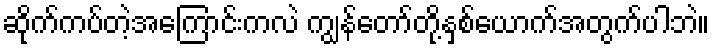
ဆိုက်ကပ်တဲ့အကြောင်းကလဲ ကျွန်တော်တို့နှစ်ယောက်အတွက်ပါဘဲ။